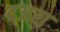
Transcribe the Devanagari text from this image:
द्अरा